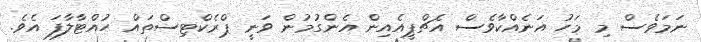
ނަމަވެސް މި މަހު އަނެއްކާވެސް އެޗްޕީއެއިން އެންގުމުން ވަނީ ޕްރެކްޓިސްތައް ހުއްޓާލާފަ އެވެ.